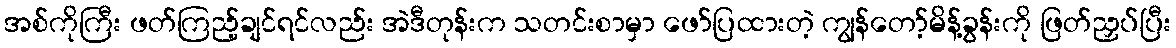
အစ်ကိုကြီး ဖတ်ကြည့်ချင်ရင်လည်း အဲဒီတုန်းက သတင်းစာမှာ ဖော်ပြထားတဲ့ ကျွန်တော့်မိန့်ခွန်းကို ဖြတ်ညှပ်ပြီး